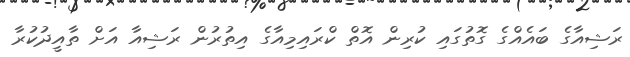
ރަޝިއާގެ ބައެއްގެ ގޮތުގައި ކުރިން އޮތް ކްރައިމިއާގެ އިތުރުން ރަޝިއާ އަށް ތާއީދުކުރާ